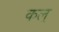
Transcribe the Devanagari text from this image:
कल्‌